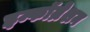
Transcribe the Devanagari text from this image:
इन्फॉम्रेशन